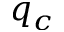
q _ { c }